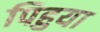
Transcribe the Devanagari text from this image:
पिहुया